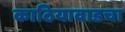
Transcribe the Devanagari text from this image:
काठियावाडचा